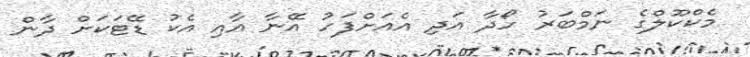
މެކްކޫލްގެ ނަމްބަރު ހޯދާ އަދި އެއަށްފަހު އޭނާ އާއި އެކު ޑޭޓަކަށް ދާން